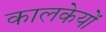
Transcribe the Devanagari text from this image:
कालकेयों